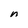
Character: n